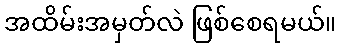
အထိမ်းအမှတ်လဲ ဖြစ်စေရမယ်။